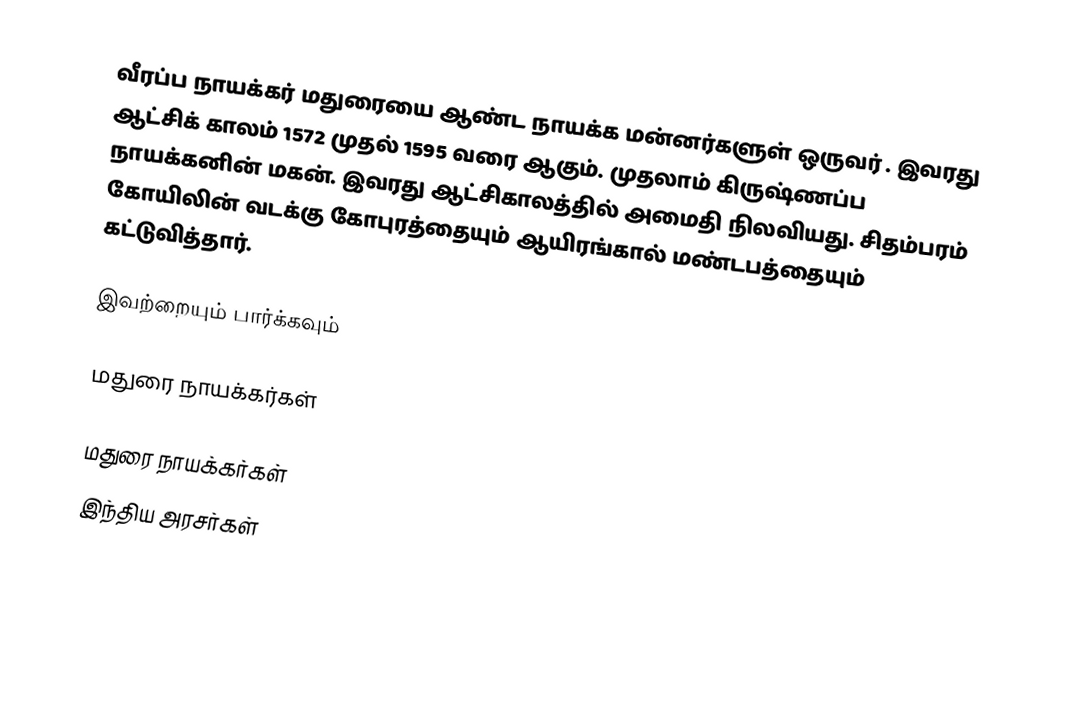
வீரப்ப நாயக்கர் மதுரையை ஆண்ட நாயக்க மன்னர்களுள் ஒருவர் . இவரது  ஆட்சிக் காலம் 1572 முதல் 1595 வரை ஆகும். முதலாம் கிருஷ்ணப்ப நாயக்கனின் மகன். இவரது  ஆட்சிகாலத்தில் அமைதி நிலவியது. சிதம்பரம் கோயிலின் வடக்கு கோபுரத்தையும் ஆயிரங்கால் மண்டபத்தையும் கட்டுவித்தார்.

இவற்றையும் பார்க்கவும்

 மதுரை நாயக்கர்கள்

மதுரை நாயக்கர்கள்
 இந்திய அரசர்கள்